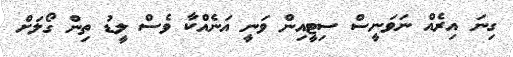
ގިނަ އިރެއް ނަވަނީސް ސިޓީއިން ވަނީ އަނެއްކާ ވެސް ލީޑު ތިން ގޯލަށް